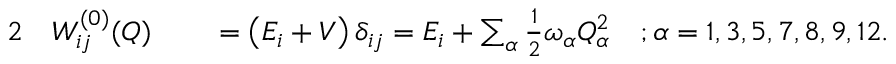
\begin{array} { r l r l } { { 2 } } & { { } W _ { i j } ^ { ( 0 ) } ( Q ) } & { } & { { } = \left( E _ { i } + V \right) \delta _ { i j } = E _ { i } + \sum _ { \alpha } \frac { 1 } { 2 } \omega _ { \alpha } Q _ { \alpha } ^ { 2 } \quad ; \alpha = 1 , 3 , 5 , 7 , 8 , 9 , 1 2 . } \end{array}